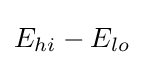
E_{hi}-E_{lo}